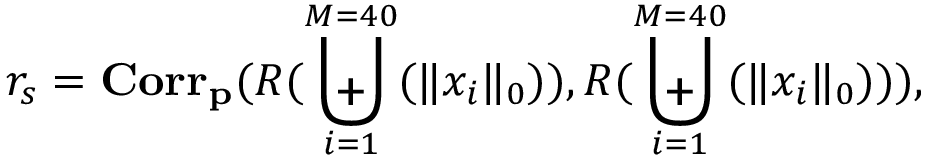
r _ { s } = \mathbf { C o r r _ { p } } ( R ( \biguplus _ { i = 1 } ^ { M = 4 0 } ( \| x _ { i } \| _ { 0 } ) ) , R ( \biguplus _ { i = 1 } ^ { M = 4 0 } ( \| x _ { i } \| _ { 0 } ) ) ) ,